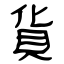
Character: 貨